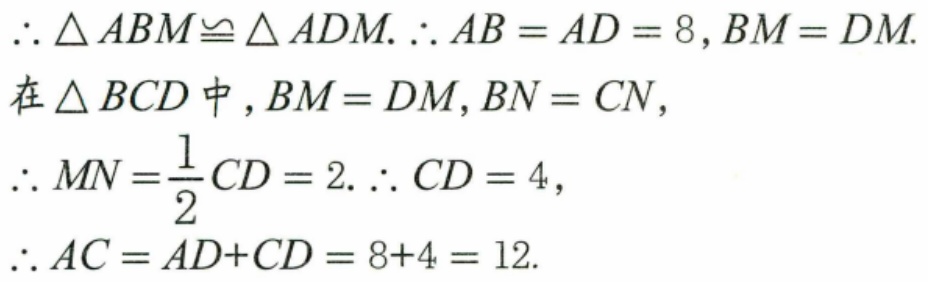
\(\therefore \triangle ABM\cong \triangle ADM.\therefore AB = AD = 8,BM = DM\).
在\(\triangle BCD\)中，\(BM = DM,BN = CN\)，
\(\therefore MN=\frac{1}{2}CD = 2.\therefore CD = 4\)，
\(\therefore AC = AD + CD = 8 + 4 = 12\).